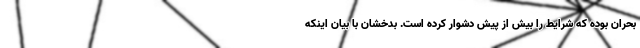
بحران بوده که شرایط را بیش از پیش دشوار کرده است. بدخشان با بیان اینکه